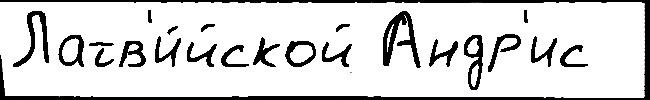
Латв'и́йской Андр'ис